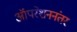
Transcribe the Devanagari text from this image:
ऑपरेशननंतर